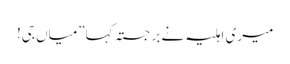
میری اہلیہ نے برجستہ کہا”میاں جی!